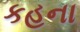
કહના